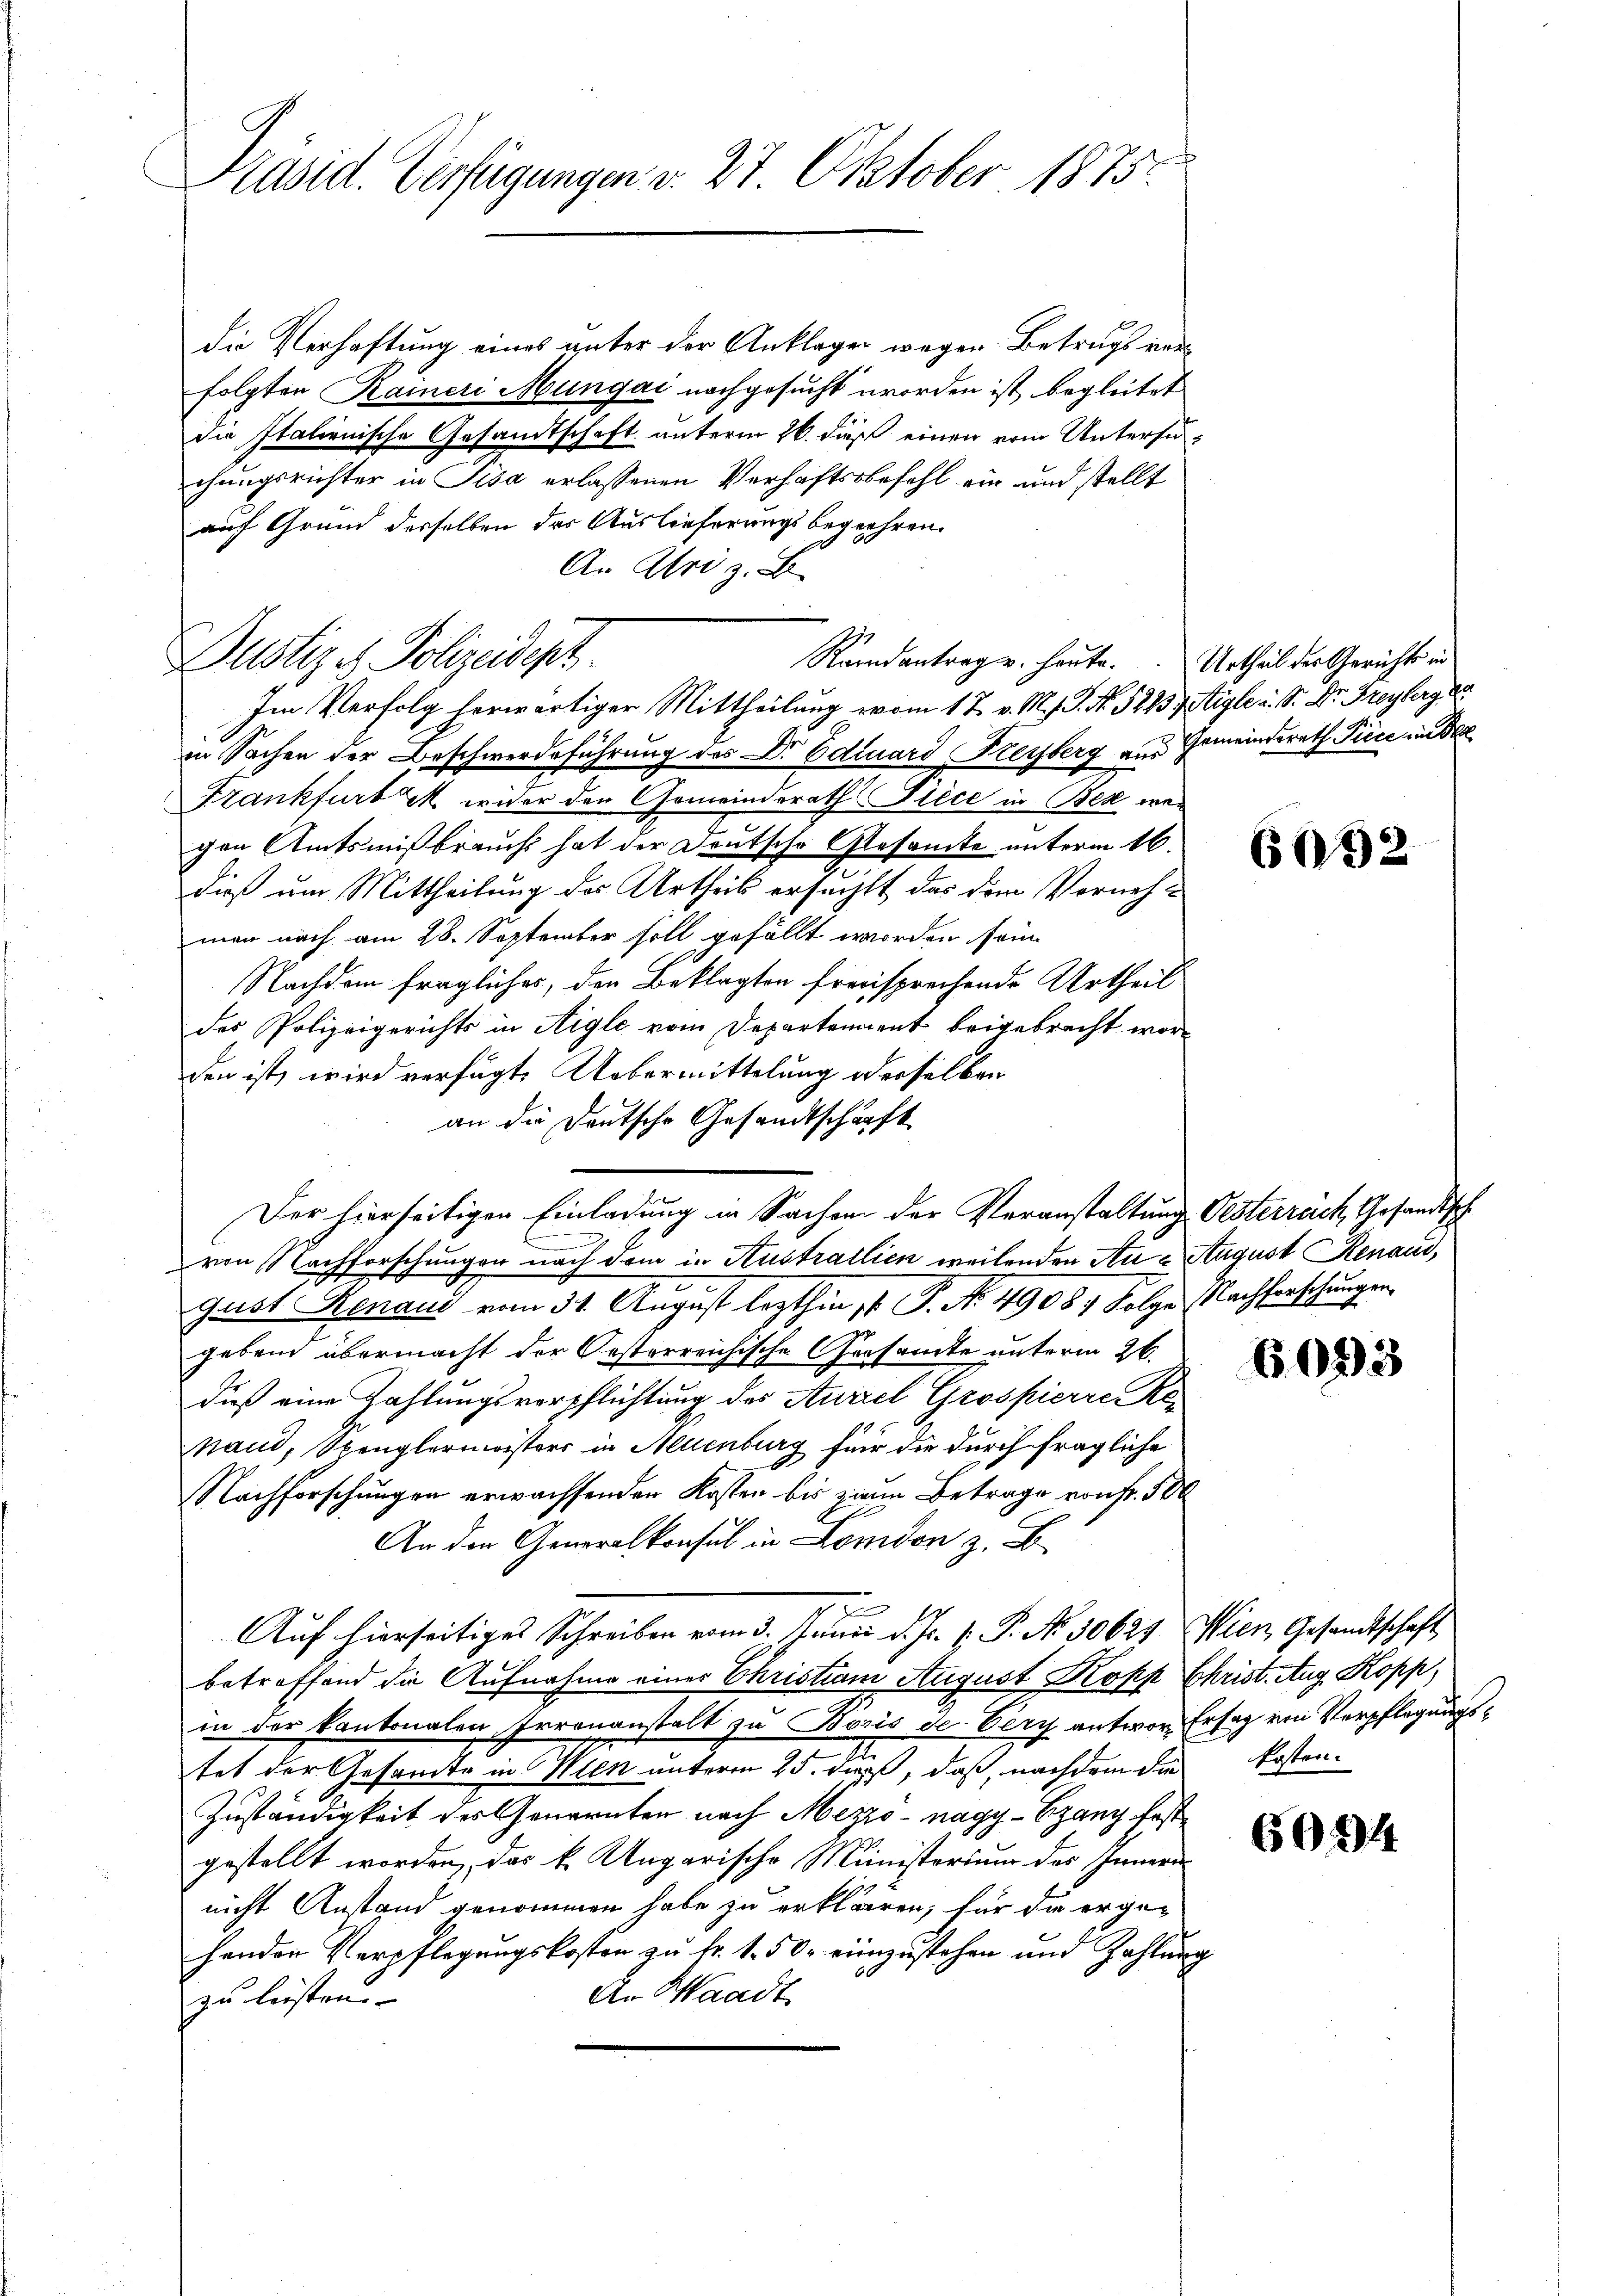
Präsid. Verfügungen v. 27. Oktober 1875.

die Verhaftung eines unter der Anklager wegen Betrugs verfolgten Rainer Müngai nachgesucht worden ist, begleitet
die Italienische Gesandtschaft unterm 26. dieß einen vom Untersuchungsrichter in Pisa erlassenen Verhaftsbefehl ein und stellt
auf Grund derselben der Auslieferungs begehren.
An Abri z. B.
Randantrag u. heute.
Justiz & Polizeidept.
Im Verfolg herwärtiger Mittheilung vom 17. v. M. P. Nr. 52237 Aigle u. S. Dr. Freyberg d
in Sachen der Beschwerdeführung des Dr. Eduard Freyberg aus Gemeinderath Piece in Be
Frankfurt u. wider den Gemeinderath Fièce in Bes wegen Amtsmißbrauch hat der Deutsche Gesamte unterm 16.
dieß um Mittheilung des Urtheil ersucht das dem Vornehmen nach am 28. September soll gefällt worden sein.
Nachdem fragliches, den Beklagten freisprechende Urtheil
des Polizeigerichts in Aigle vom Departenannt beigebracht worden ist wird verfügt. Uebermittelung oderselben
an die Deutsche Gesandtschaft
Der hierseitigen Einladung in Sachen der Veranstaltung Oesterreich, Gesandtsch
n
von Nachforschungen nach dem in Austratlien weilenden Au- August Renaud,
Gast Renaus vom 31. August lezthin 1 P. Nr. 4908. Folge Nachforschungen
gebend übermacht der Oesterreichische Gersamte unterm 26.
dieß eine Zahlungsverpflichtung des Anziel Grospierre Re¬
Nand, Stenglermeisters in Neuenburg für die durch fragliche
Nachforschungen erwachsenden Kosten bis ziem Betrage von Fr. 500
An der Generalkonsul in London z. B.
Auf hierseitiges Schreiben vom 3. Junii d. Js. v. P. No. 30629 Wien Gesandtschaft
betreffend die Aufnahme einer Christian August Kopp Christ. Aug. Kopp,
in der kantonalen Irrenanstalt zu Boris de Very antwort Erstag von Verpflegungstet der Gesandte in Wien unterm 25. dieß, daß, nachdem die Kosten-
Zuständigkeit des Generaten nach Mezzo-nagy-Szany festgestellt worden, das k. Ungarische Ministerium des Innern
nicht Anstand genommen habe zu erklären, für da ergehanden Verpflegungskosten zu kr. 1. 50. einzustehen und Zahlung
der Waadt
zu leisten. |

Urtheil der Gerichts in

6032

6093

6094